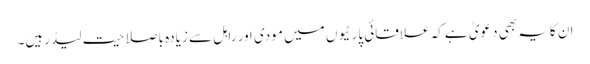
ان کایہ بھی دعویٰ ہے کہ علاقائی پارٹیو ں میں مودی اور راہل سے زیادہ باصلاحیت لیڈرہیں۔